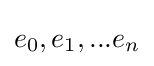
e_{0},e_{1},...e_{n}